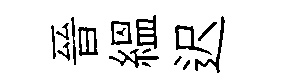
晉緼迟